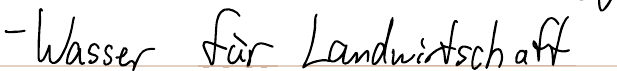
- Wasser für Landwirtschaft